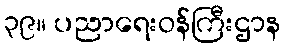
၃၉။ ပညာရေးဝန်ကြီးဌာန